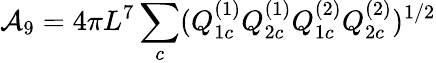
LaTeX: {\cal A}_{9}=4\pi L^{7}\sum_{c}(Q_{1c}^{(1)}Q_{2c}^{(1)}Q_{1c}^{(2)}Q_{2c}^{(2)})^{1/2}